Civil Veterinary Department Bihar reports 1936-40 - 1936-1940
Year: 1936
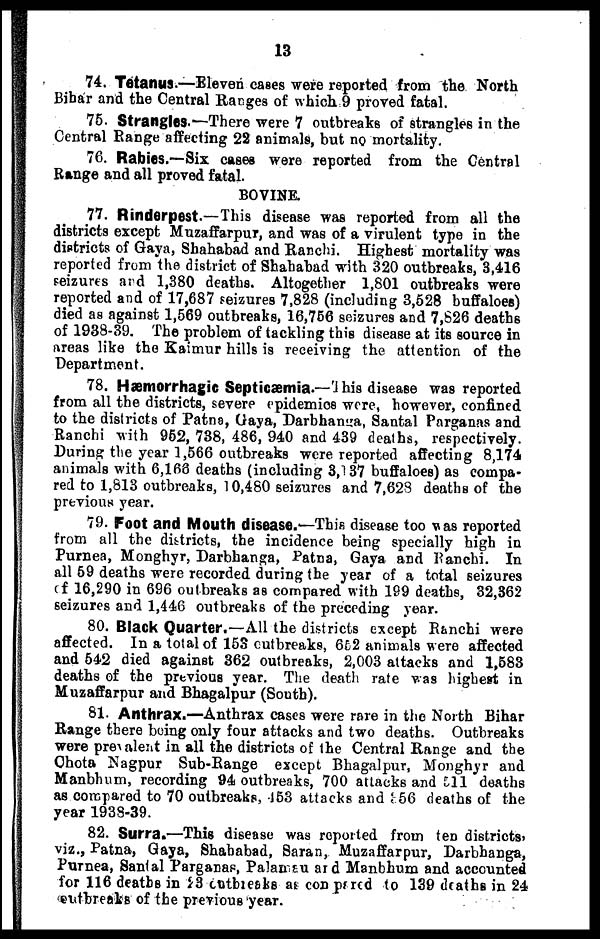
13
74. Tetanus.—Eleven cases were reported from the North
Bihar and the Central Rarges of which 9 proved fatal.
75. Strangles.—There were 7 outbreaks of strangles in the
Central Range affecting 22 animals, but no mortality.
76. Rabies.—Six cases were reported from the Central
Range and all proved fatal.
BOVINE.
77. Rinderpest.—This disease was reported from all the
districts except Muzaffarpur, and was of a virulent type in the
districts of Gaya, Shahabad and Ranchi. Highest mortality was
reported from the district of Shababad with 320 outbreaks, 3,416
seizures and 1,380 deaths. Altogether 1,801 outbreaks were
reported and of 17,687 seizures 7,828 (including 3,628 buffaloes)
died as against 1,569 outbreaks, 16,756 seizures and 7,826 deaths
of 1938-39. The problem of tackling this disease at its source in
areas like the Kaimur hills is receiving the attention of the
Department.
78. Hæmorrhagic Septicæmia.—This disease was reported
from all the districts, severe epidemics were, however, confined
to the districts of Patna, Gaya, Darbhanga, Santal Parganas and
Ranchi with 952, 738, 486, 940 and 439 deaths, respectively.
During the year 1,566 outbreaks were reported affecting 8,174
animals with 6,163 deaths (including 3,137 buffaloes) as compa-
red to 1,813 outbreaks, 10,480 seizures and 7,628 deaths of the
previous year.
79. Foot and Mouth disease.—This disease too was reported
from all the districts, the incidence being specially high in
Purnea, Monghyr, Darbhanga, Patna, Gaya and Ranchi. In
all 59 deaths were recorded during the year of a total seizures
of 16,290 in 696 outbreaks as compared with 199 deaths, 32,362
seizures and 1,446 outbreaks of the preceding year.
80. Black Quarter.—All the districts except Ranchi were
affected. In a total of 153 outbreaks, 652 animals were affected
and 542 died against 362 outbreaks, 2,003 attacks and 1,583
deaths of the previous year. The death rate was highest in
Muzaffarpur and Bhagalpur (South).
81. Anthrax.—Anthrax cases were rare in the North Bihar
Range there being only four attacks and two deaths. Outbreaks
were prevalent in all the districts of the Central Range and the
Chota Nagpur Sub-Range except Bhagalpur, Monghyr and
Manbhum, recording 94 outbreaks, 700 attacks and 511 deaths
as compared to 70 outbreaks, 453 attacks and 356 deaths of the
year 1938-39.
82. Surra.—This disease was reported from ten districts,
viz., Patna, Gaya, Shahabad, Saran, Muzaffarpur, Darbhanga,
Purnea, Santal Parganas, Palamau and Manbhum and accounted
for 116 deaths in 23 outbreaks at conpared to 139 deaths in 24
outbreaks of the previous year.